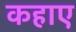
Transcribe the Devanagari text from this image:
कहाए